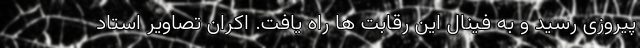
پیروزی رسید و به فینال این رقابت ها راه یافت. اکران تصاویر استاد